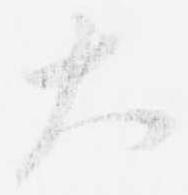
大